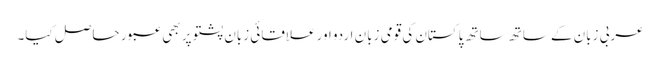
عربی زبان کے ساتھ ساتھ پاکستان کی قومی زبان اردو اور علاقائی زبان پشتو پر بھی عبور حاصل کیا۔